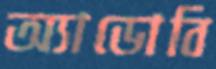
অ্যাডোবি